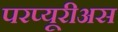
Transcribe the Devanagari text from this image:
परप्यूरीअस